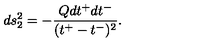
d s _ { 2 } ^ { 2 } = - \frac { Q d t ^ { + } d t ^ { - } } { ( t ^ { + } - t ^ { - } ) ^ { 2 } } .